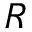
R